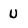
Character: U